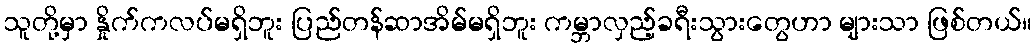
သူတို့မှာ နှိုက်ကလပ်မရှိဘူး ပြည်တန်ဆာအိမ်မရှိဘူး ကမ္ဘာလှည့်ခရီးသွားတွေဟာ များသာ ဖြစ်တယ်။